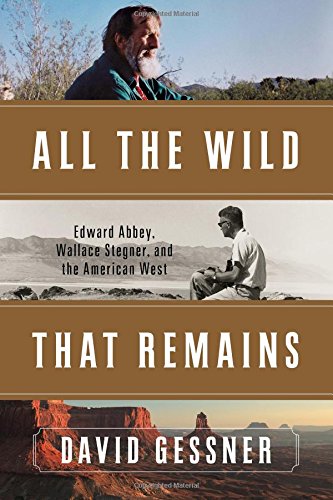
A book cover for All The Wild That Remains: Edward Abbey, Wallace Stegner, and the American West; David Gessner; Literature & Fiction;